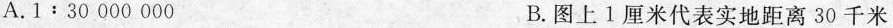
A.$$1﹔30000000$$ B.图上1厘米代表实地距离30千米